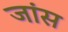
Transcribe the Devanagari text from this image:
जांस